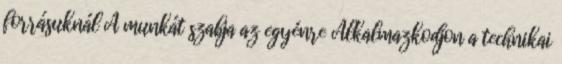
forrásuknál A munkát szabja az egyénre Alkalmazkodjon a technikai